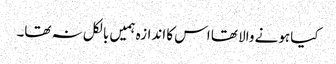
کیا ہونے والا تھا اس کا اندازہ ہمیں بالکل نہ تھا۔